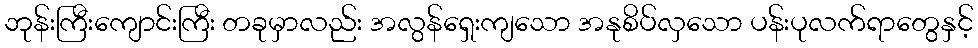
ဘုန်းကြီးကျောင်းကြီး တခုမှာလည်း အလွန်ရှေးကျသော အနုစိပ်လှသော ပန်းပုလက်ရာတွေနှင့်